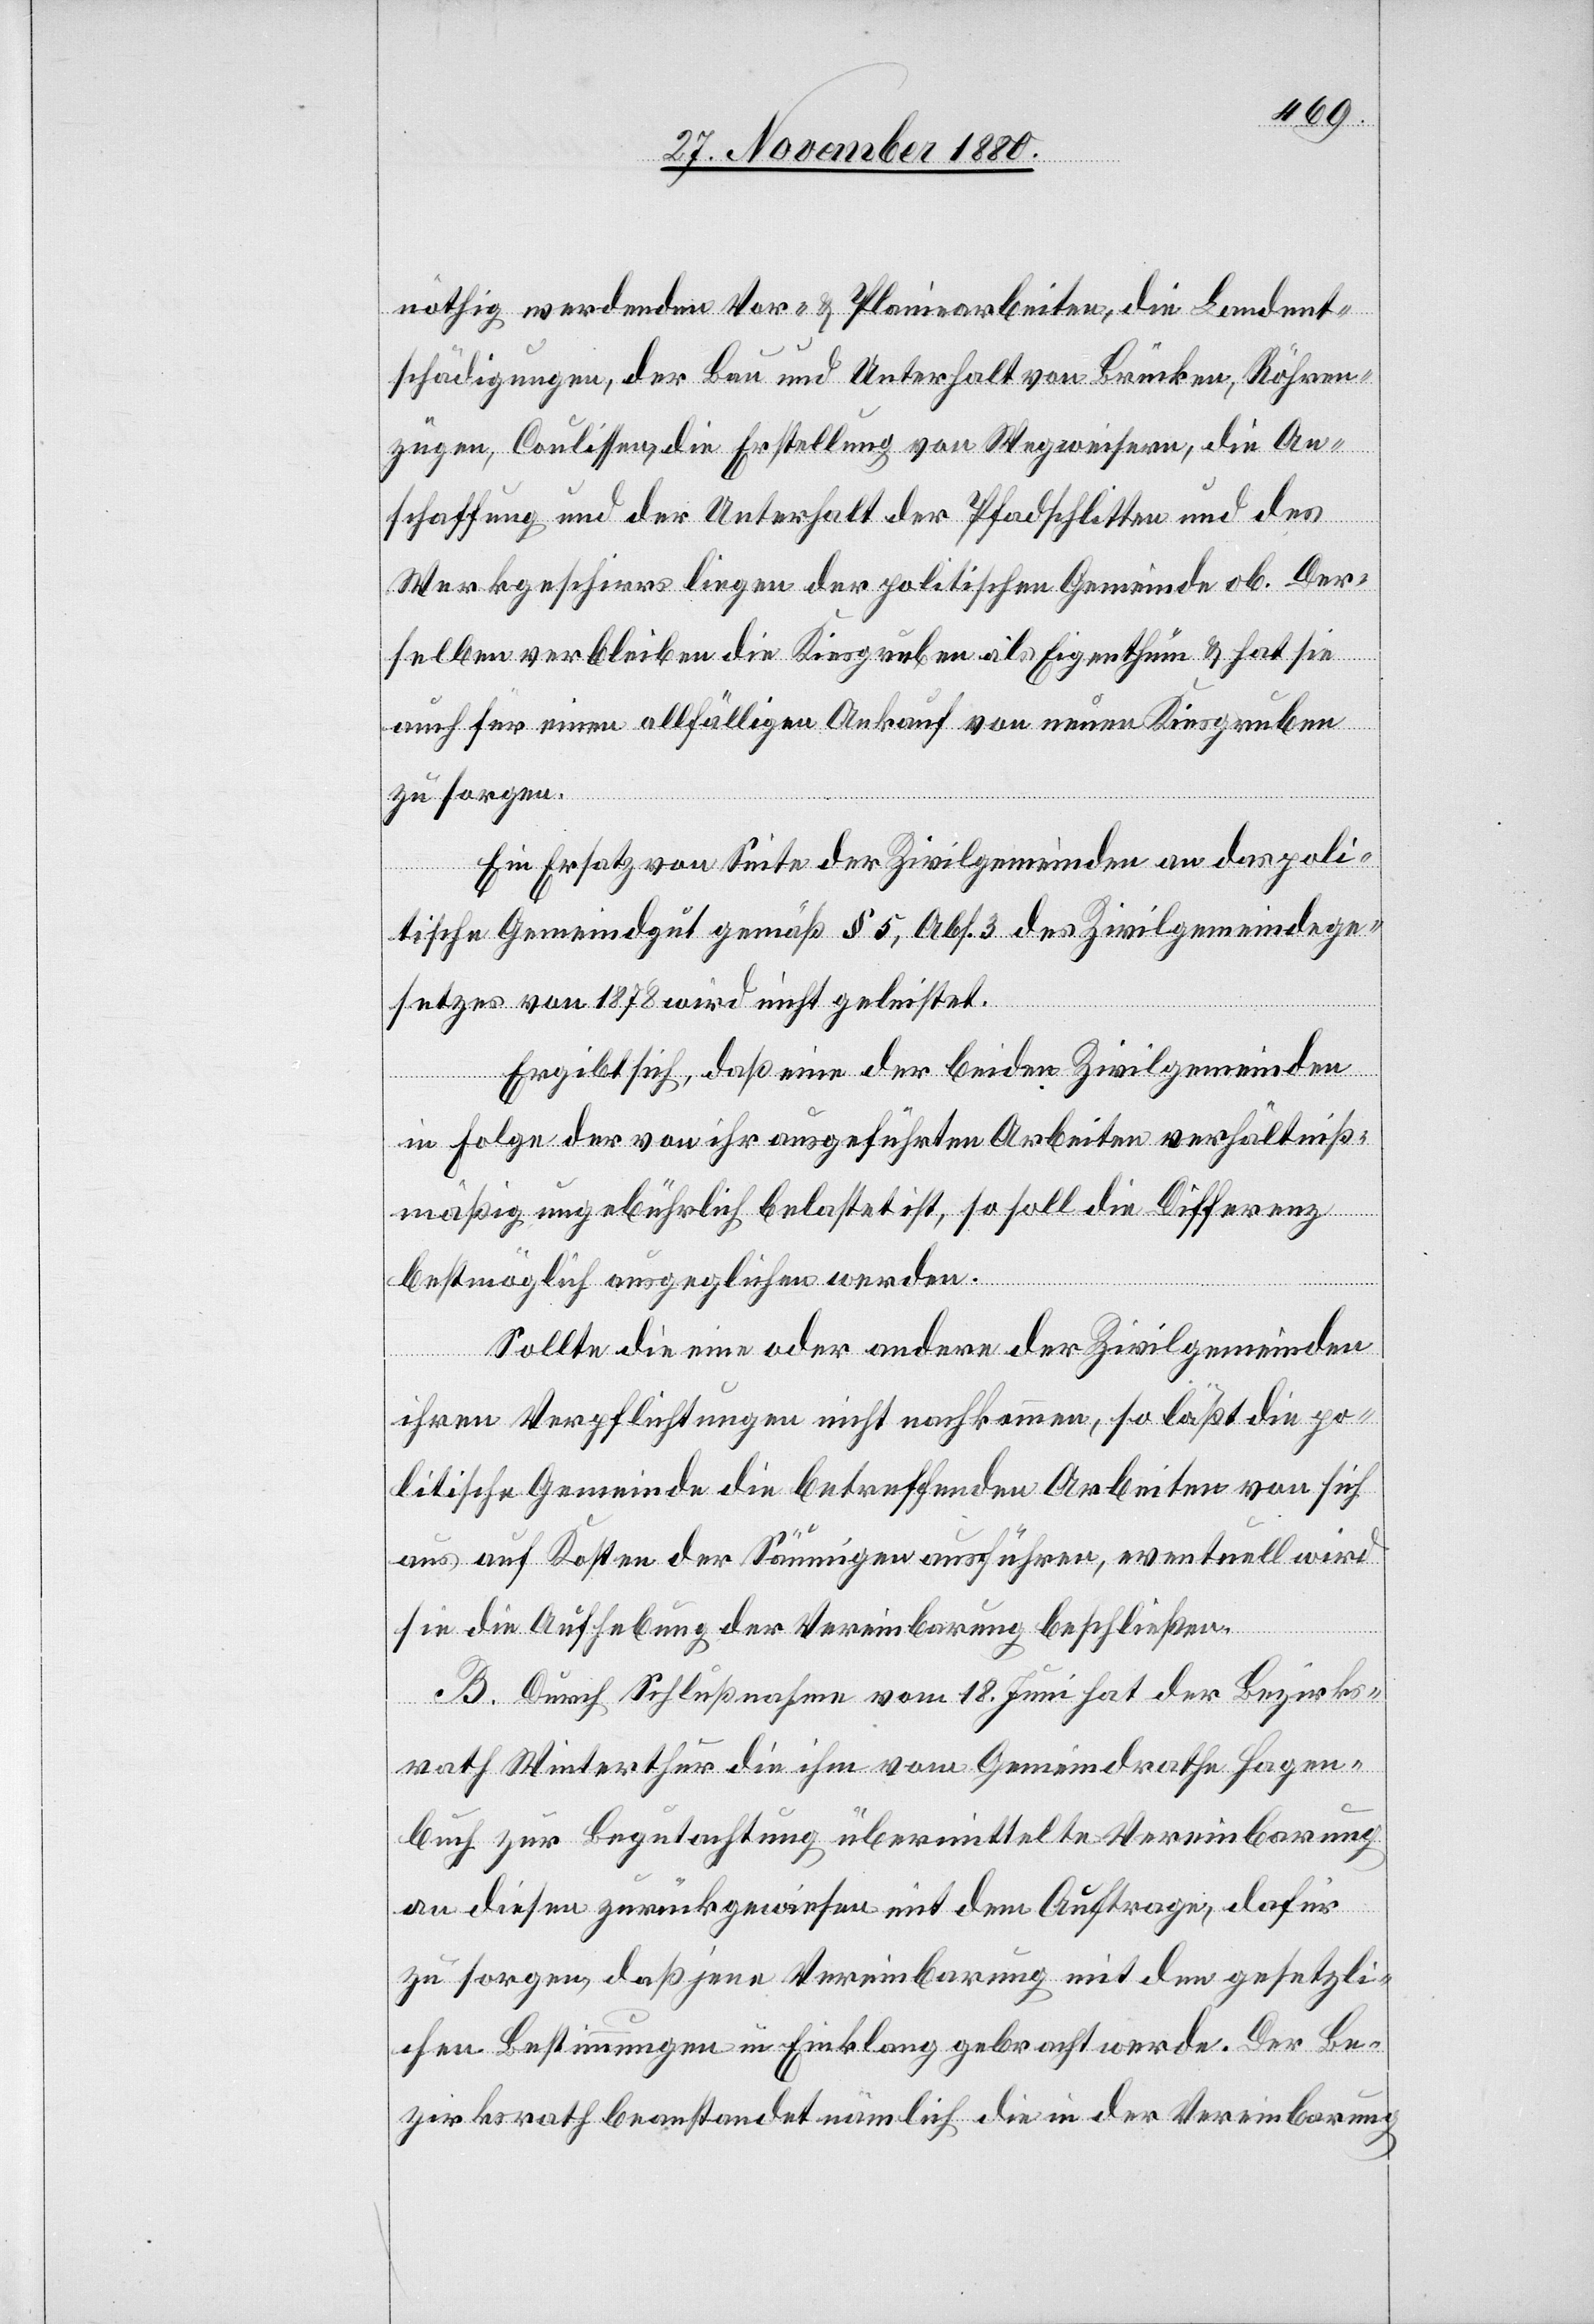
nöthig werdenden Vor- & Planierarbeiten, die Landent¬
schädigungen, der Bau und Unterhalt von Brücken, Röhren¬
zügen, Coulissen, die Erstellung von Wegweisern, die An¬
schaffung und der Unterhalt der Pfadschlitten und des
Werkgeschirrs liegen der politischen Gemeinde ob. Der¬
selben verbleiben die Kiesgruben als Eigenthum & hat sie
auch für einen allfälligen Ankauf von neuen Kiesgruben
zu sorgen.
Ein Ersatz von Seite der Zivilgemeinde an das poli¬
tische Gemeindgut gemäß § 5, Abs. 3 des Zivilgemeindege¬
setzes von 1878 wird nicht geleistet.
Ergibt sich, daß eine der beiden Zivilgemeinden
in Folge der von ihr ausgeführten Arbeiten verhältniß¬
mäßig ungebührlich belastet ist, so soll die Differenz
bestmöglich ausgeglichen werden.
Sollte die eine oder andere der Zivilgemeinden
ihren Verpflichtungen nicht nachkommen, so läßt die po¬
litische Gemeinde die betreffenden Arbeiten von sich
aus auf Kosten der Säumigen ausführen, eventuell wird
sie die Aufhebung der Vereinbarung beschließen.
B. Durch Schlußnahme vom 18. Juni hat der Bezirks¬
rath Winterthur die ihm vom Gemeindrathe Hagen¬
buch zur Begutachtung übermittelte Vereinbarung
an diesen zurückgewiesen mit dem Auftrage, dafür
zu sorgen, daß jene Vereinbarung mit den gesetzli¬
chen Bestimmungen in Einklang gebracht werde. Der Be¬
zirksrath beanstandet nämlich die in der Vereinbarung